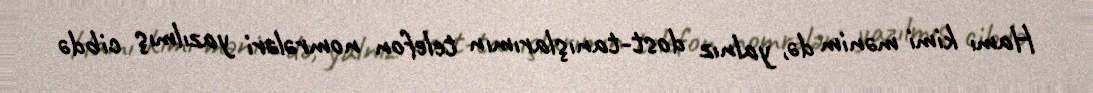
Hamı kimi mənim də, yalnız dost-tanışlarımın telefon nomrələri yazılmış cibdə